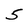
Character: 5